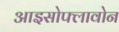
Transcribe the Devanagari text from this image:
आइसोफ्लावोन